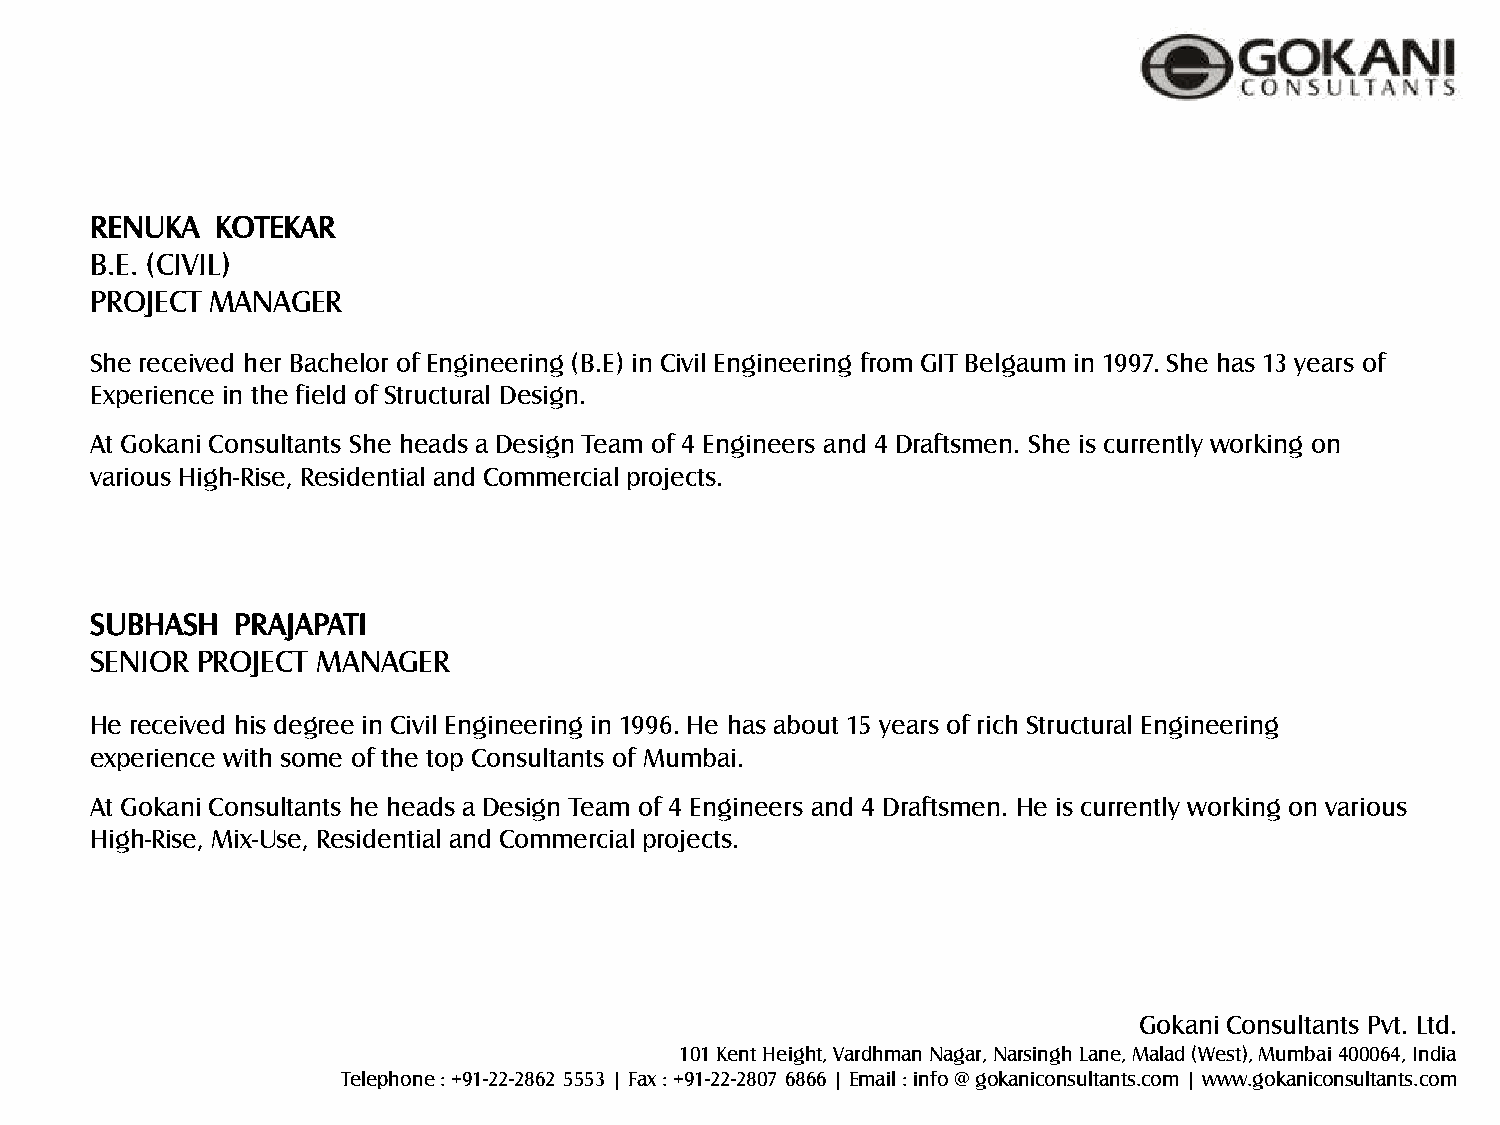
RENUKA  KOTEKAR
 B.E. (CIVIL)
 PROJECT MANAGER
 She received her Bachelor of Engineering (B.E) in Civil Engineering from GIT Belgaum in 1997. She has 13 years of
 Experience in the field of Structural Design.
 At Gokani Consultants She heads a Design Team of 4 Engineers and 4 Draftsmen. She is currently working on
 various High-Rise, Residential and Commercial projects.
 SUBHASH  PRAJAPATI
 SENIOR PROJECT MANAGER
 He received his degree in Civil Engineering in 1996. He has about 15 years of rich Structural Engineering
 experience with some of the top Consultants of Mumbai.
 At Gokani Consultants he heads a Design Team of 4 Engineers and 4 Draftsmen. He is currently working on various
 High-Rise, Mix-Use, Residential and Commercial projects.
 Gokani Consultants Pvt. Ltd.
 101 Kent Height, Vardhman Nagar, Narsingh Lane, Malad (West), Mumbai 400064, India
 Telephone : +91-22-2862 5553 | Fax : +91-22-2807 6866 | Email : info @ gokaniconsultants.com | www.gokaniconsultants.com